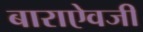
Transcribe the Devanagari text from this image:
बाराऐवजी